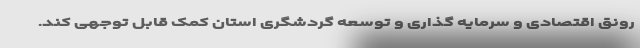
رونق اقتصادی و سرمایه گذاری و توسعه گردشگری استان کمک قابل توجهی کند.